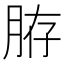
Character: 𦛊